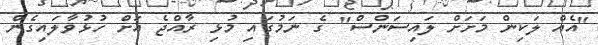
"އެއް ލަކިން މަށަށް ލައިސަންސް" ގެ ނަމުގައި މުޅި ރާއްޖެ އަށް ހުޅުވާލައިގެން